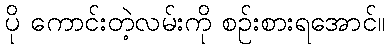
ပို ကောင်းတဲ့လမ်းကို စဉ်းစားရအောင်။